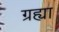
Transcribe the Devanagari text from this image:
ग्रह्या